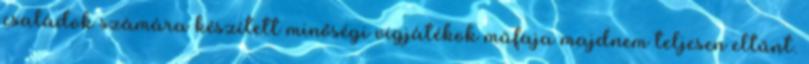
családok számára készített minőségi vígjátékok műfaja majdnem teljesen eltűnt.